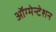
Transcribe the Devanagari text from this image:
ऑग्मेन्टेशन